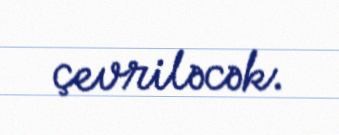
çevriləcək.